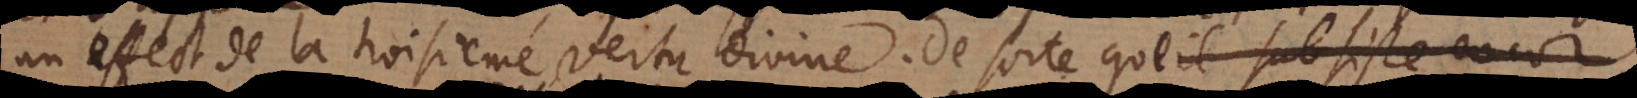
un effect de la troisième vertu divine. De sorte que c